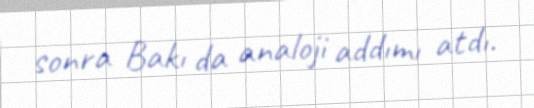
sonra Bakı da analoji addımı atdı.